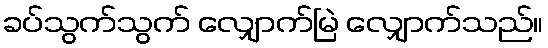
ခပ်သွက်သွက် လျှောက်မြဲ လျှောက်သည်။